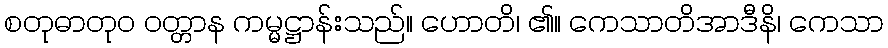
စတုဓာတုဝ ဝတ္တာန ကမ္မဋ္ဌာန်းသည်။ ဟောတိ၊ ၏။ ကေသာတိအာဒီနိ၊ ကေသာ